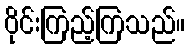
ဝိုင်းကြည့်ကြသည်။